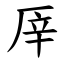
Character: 厗